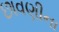
છાવણીના